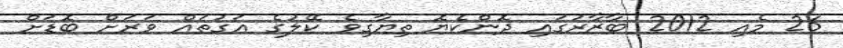
26 މެއި 2012 ބާޒާރުގައި ދޮންކެޔޮ ތިޔާގިވެ ކޭލުގެ އަގުތައް ވަރަށް ބޮޑަށް